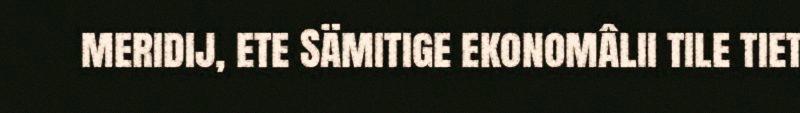
meridij, ete Sämitige ekonomâlii tile tiet